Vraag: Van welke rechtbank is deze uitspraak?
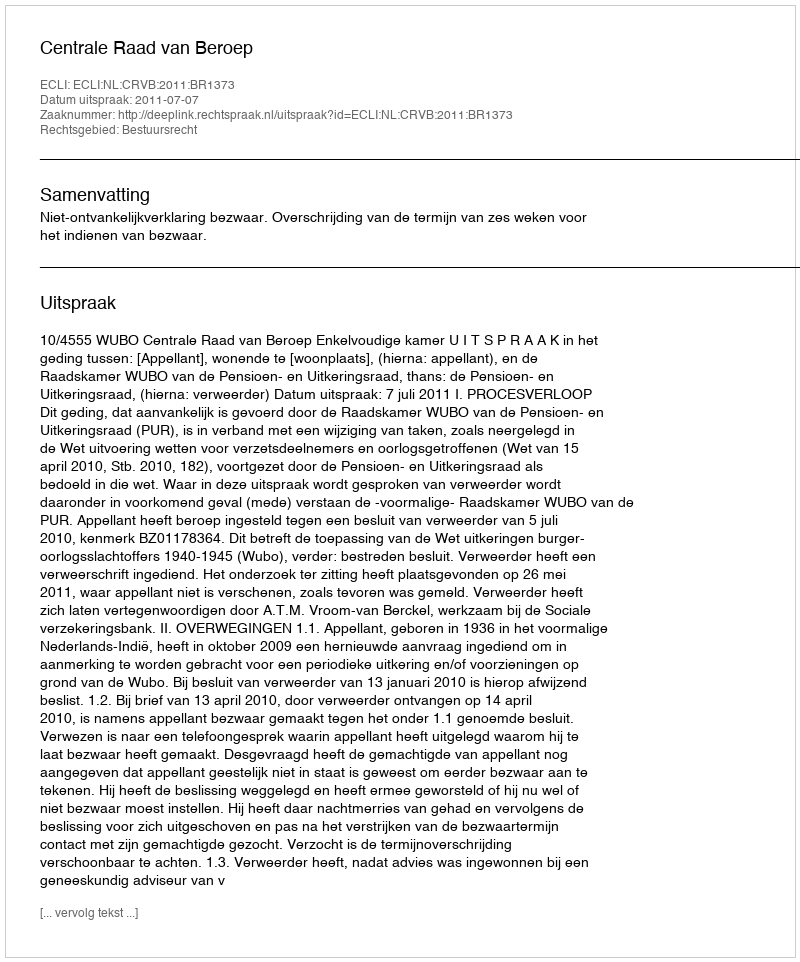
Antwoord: Centrale Raad van Beroep